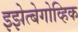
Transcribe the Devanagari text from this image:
इझेत्बेगोव्हिक